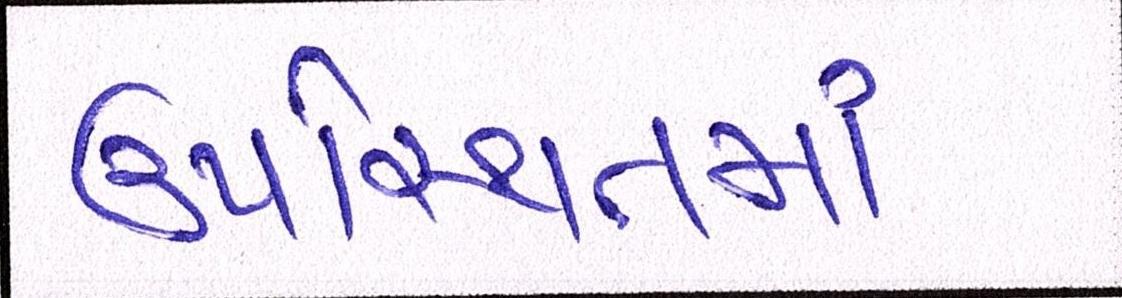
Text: ઉપસ્થિતમાં